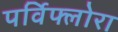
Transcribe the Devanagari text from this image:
पर्विफ्लोरा